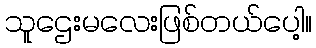
သူဌေးမလေးဖြစ်တယ်ပေါ့။